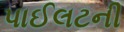
પાઈલટની